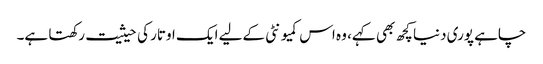
چاہے پوری دنیا کچھ بھی کہے، وہ اس کمیو نٹی کےلیے ایک اوتار کی حیثیت رکھتا ہے۔